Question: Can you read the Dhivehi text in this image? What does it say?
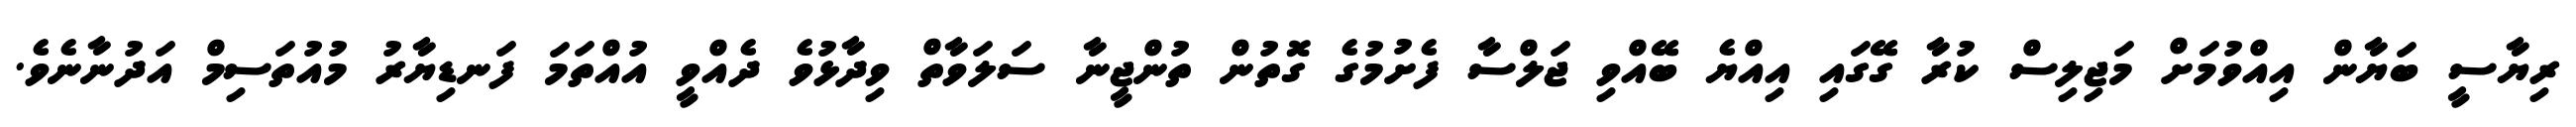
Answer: ރިޔާސީ ބަޔާން އިއްވުމަށް މަޖިލިސް ކުރާ ގޭގައި އިއްޔެ ބޭއްވި ޖަލްސާ ފެށުމުގެ ގޮތުން ތުންޖީނާ ސަލަވާތް ވިދާޅުވެ ދެއްވީ އުއްތަމަ ފަނޑިޔާރު މުއުތަސިމް އަދުނާނެވެ.